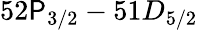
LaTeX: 52\mathsf{P}_{3/2}-51D_{5/2}